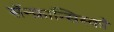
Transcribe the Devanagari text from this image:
सॅन्‍फ्रान्सिस्को